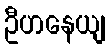
ဦဟနေယျ